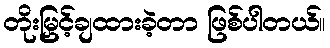
တိုးမြှင့်ချထားခဲ့တာ ဖြစ်ပါတယ်။